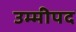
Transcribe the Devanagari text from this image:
उम्मीपद